画像に写った文字を読んでください
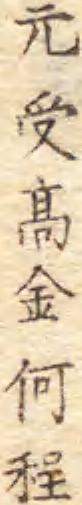
「元受髙金何程」と書いてあります